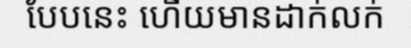
បែបនេះ ហើយមានដាក់លក់